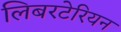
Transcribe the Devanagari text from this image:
लिबरटेरियन